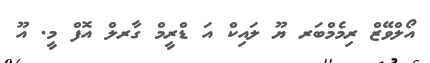
އޯލްވޭޒް ރިމެމްބަރ ޔޫ ލައިކް އަ ޑްރީމް ގާރލް އޮފް މީ. އޫ